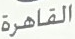
القاهرة